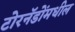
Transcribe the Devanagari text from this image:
टोरनॅडोंमधील